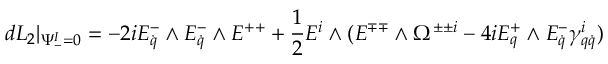
d { \cal L } _ { 2 } \vert _ { \Psi _ { - } ^ { I } = 0 } = - 2 i E _ { \dot { q } } ^ { - } \wedge E _ { \dot { q } } ^ { - } \wedge E ^ { + + } + { \frac { 1 } { 2 } } E ^ { i } \wedge ( E ^ { \mp \mp } \wedge \Omega ^ { \pm \pm i } - 4 i E _ { q } ^ { + } \wedge E _ { \dot { q } } ^ { - } \gamma _ { q \dot { q } } ^ { i } )